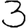
Digit: 3